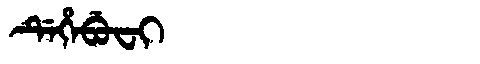
Manchu: ᡩᡝᡥᡝᠪᡠᠸᡳ
Romanization: DEHEBUFI